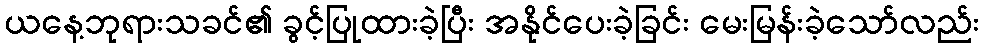
ယနေ့ဘုရားသခင်၏ ခွင့်ပြုထားခဲ့ပြီး အနိုင်ပေးခဲ့ခြင်း မေးမြန်းခဲ့သော်လည်း